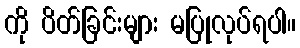
ကို ပိတ်ခြင်းများ မပြုလုပ်ရပါ။